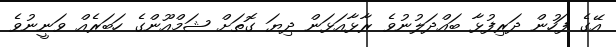
އޭގެ ފަހުން ދަރިފުޅާ ބައްދަލުނުވެ ރާޅާއަޅަން ދިޔަ ގޮތަށް ޝަމްއޫންގެ ހަބަރެއް ވަނީނުވެ